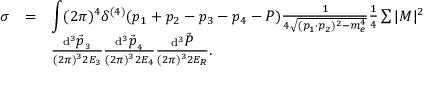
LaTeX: \begin{array} { l c l } { { \sigma } } & { { = } } & { { { \displaystyle \int } ( 2 \pi ) ^ { 4 } \delta ^ { ( 4 ) } ( p _ { 1 } + p _ { 2 } - p _ { 3 } - p _ { 4 } - P ) \frac { 1 } { 4 \sqrt { ( p _ { 1 } \cdot p _ { 2 } ) ^ { 2 } - m _ { e } ^ { 4 } } } \frac { 1 } { 4 } \sum | { \cal M } | ^ { 2 } } } \\ { { } } & { { } } & { { \frac { \mathrm { d } ^ { 3 } \vec { { \displaystyle p } } _ { 3 } } { ( 2 \pi ) ^ { 3 } 2 E _ { 3 } } \frac { \mathrm { d } ^ { 3 } \vec { { \displaystyle p } } _ { 4 } } { ( 2 \pi ) ^ { 3 } 2 E _ { 4 } } \frac { \mathrm { d } ^ { 3 } \vec { { \displaystyle P } } } { ( 2 \pi ) ^ { 3 } 2 E _ { R } } . } } \end{array}